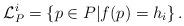
LaTeX: \begin{align*}\mathcal{L}_{P}^{i}=\left\{ p\in P\middle|f(p)=h_{i}\right\} .\end{align*}